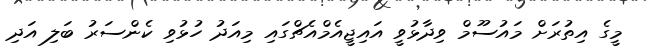
މީގެ އިތުރަށް މައުސޫމް ވިދާޅުވީ އައިޖީއެމްއެޗްގައި މިއަދުު ހުޅުވި ކެންސަރު ބަލި އަދި